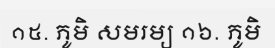
១៥. ភូមិ សមរម្យ ១៦. ភូមិ